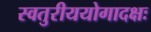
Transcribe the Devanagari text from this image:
स्वतुरीययोगादक्षः